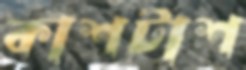
কাশটাশ